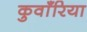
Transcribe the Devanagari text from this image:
कुवाँरिया